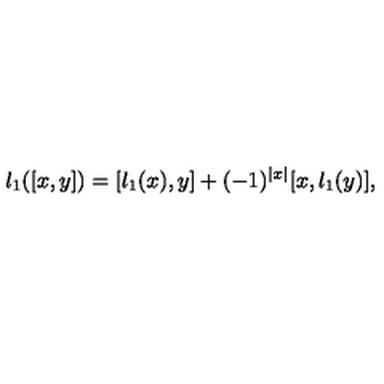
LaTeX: l _ { 1 } ( [ x , y ] ) = [ l _ { 1 } ( x ) , y ] + ( - 1 ) ^ { | x | } [ x , l _ { 1 } ( y ) ] ,